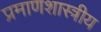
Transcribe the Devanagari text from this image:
प्रमाणशास्त्रीय